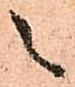
之